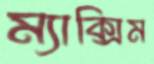
ম্যাক্সিম